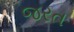
જરત